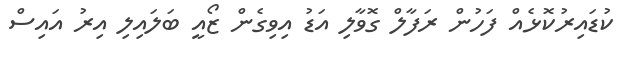
ކުޑައިރުކޮޅެއް ފަހުން ރަފާލް ގޮވާލި އަޑު އިވިގެން ޒޯއީ ބަލައިލި އިރު އައިސް